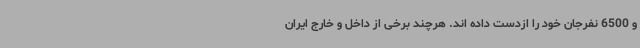
و 6500 نفرجان خود را ازدست داده اند. هرچند برخی از داخل و خارج ایران